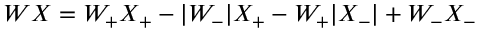
W X = W _ { + } X _ { + } - | W _ { - } | X _ { + } - W _ { + } | X _ { - } | + W _ { - } X _ { - }